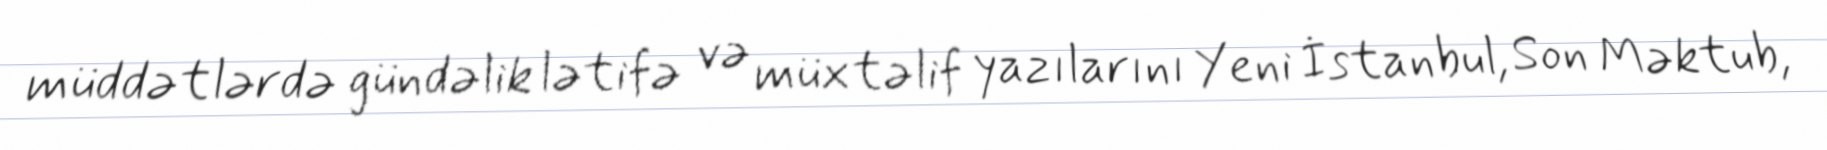
müddətlərdə gündəlik lətifə və müxtəlif yazılarını Yeni İstanbul, Son Məktub,